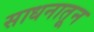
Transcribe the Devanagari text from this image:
साधनातून